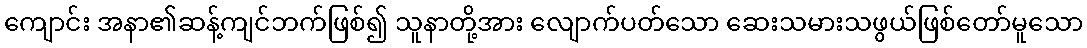
ကျောင်း အနာ၏ဆန့်ကျင်ဘက်ဖြစ်၍ သူနာတို့အား လျောက်ပတ်သော ဆေးသမားသဖွယ်ဖြစ်တော်မူသော